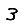
Digit: 3